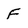
Character: F